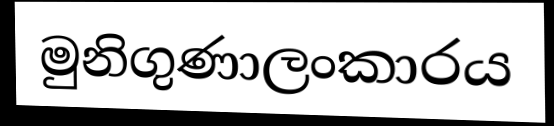
මුනිගුණාලංකාරය